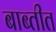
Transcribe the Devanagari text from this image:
बाब्तीत